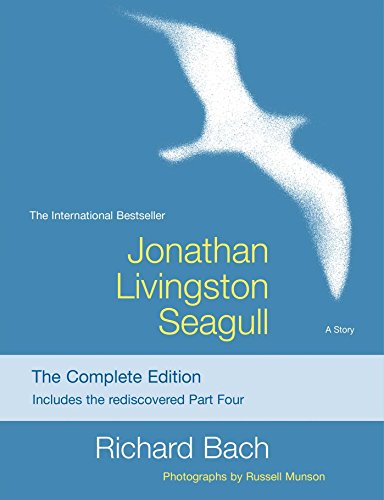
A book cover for Jonathan Livingston Seagull: The Complete Edition; Richard Bach; Literature & Fiction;